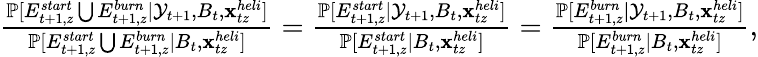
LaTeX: \begin{array}{r}{\frac{\mathbb P[E_{t+1,z}^{start}\bigcup E_{t+1,z}^{burn}|{\cal Y}_{t+1},B_{t},{\mathbf{x}}_{tz}^{heli}]}{\mathbb P[E_{t+1,z}^{start}\bigcup E_{t+1,z}^{burn}|B_{t},{\mathbf{x}}_{tz}^{heli}]}=\frac{\mathbb P[E_{t+1,z}^{start}|{\cal Y}_{t+1},B_{t},{\mathbf{x}}_{tz}^{heli}]}{\mathbb P[E_{t+1,z}^{start}|B_{t},{\mathbf{x}}_{tz}^{heli}]}=\frac{\mathbb P[E_{t+1,z}^{burn}|{\cal Y}_{t+1},B_{t},{\mathbf{x}}_{tz}^{heli}]}{\mathbb P[E_{t+1,z}^{burn}|B_{t},{\mathbf{x}}_{tz}^{heli}]},}\end{array}